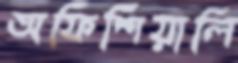
অফিশিয়ালি